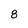
Character: 8